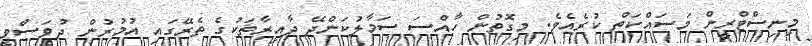
މިނިސްޓްރީން މަސައްކަތް ކުރެއެވެ. މިގޮތުން ހާއްސަ ސަމާލުކަންދޭ ދާއިރާތަކުގެ ތެރޭގައި އުމުރުން ދުވަސްވީ